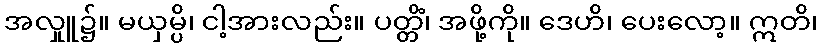
အလှုူ၌။ မယှမ္ပိ၊ ငါ့အားလည်း။ ပတ္တိံ၊ အဖို့ကို။ ဒေဟိ၊ ပေးလော့။ ဣတိ၊